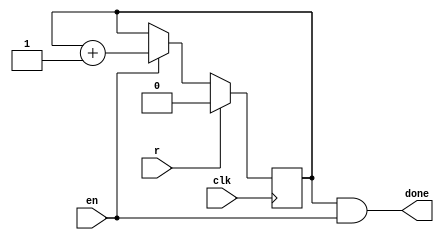
module timer (
    clk, r, en, done
);
    parameter n = 2;
    parameter counter_bits = 1;
    input clk, r, en;
    output done;
    reg [counter_bits-1:0] q;
    assign done = (q==n-1) && en;
    always @(posedge clk) begin
        if(r) q=0;
        else begin
            if(en) q=q+1;
        end
    end
endmodule